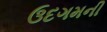
ઉદગમની